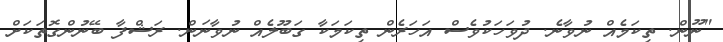
"ނޫން. ތިކަމެއް ނުވާނެ. ދުވަހަކުވެސް އަހަރެން ތިކަމަކާ ގަބޫލެއް ނުވާނަން. ރަޝްފާ ބޭނުންގޮތަކަށް